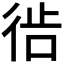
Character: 𫹔